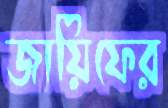
জায়িফের